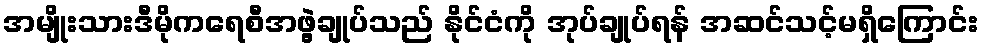
အမျိုးသားဒီမိုကရေစီအဖွဲ့ချုပ်သည် နိုင်ငံကို အုပ်ချုပ်ရန် အဆင်သင့်မရှိကြောင်း